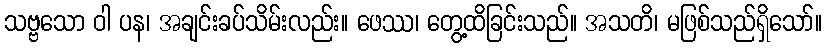
သဗ္ဗသော ဝါ ပန၊ အချင်းခပ်သိမ်းလည်း။ ဖေဿ၊ တွေ့ထိခြင်းသည်။ အသတိ၊ မဖြစ်သည်ရှိသော်။